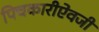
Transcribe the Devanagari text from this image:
पिचकारीऐवजी